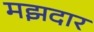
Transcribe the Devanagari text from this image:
मझदार